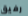
رفيق